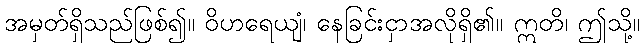
အမှတ်ရှိသည်ဖြစ်၍။ ဝိဟရေယျံ၊ နေခြင်းငှာအလိုရှိ၏။ ဣတိ၊ ဤသို့။